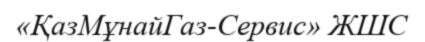
«ҚазМұнайГаз-Сервис» ЖШС